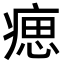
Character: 𤸛